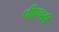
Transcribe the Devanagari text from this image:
पीएचङी